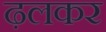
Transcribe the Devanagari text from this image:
ढ़लकर